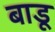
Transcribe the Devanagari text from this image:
बाडू